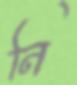
নি